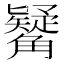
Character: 觺